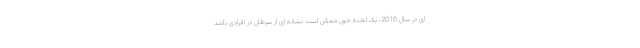
ای در سال 2016، یک لخته خون ممکن است نشانه ای از سرطان در افرادی باشد